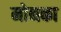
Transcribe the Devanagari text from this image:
मोनका